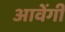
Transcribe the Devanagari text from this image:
आवेंगी